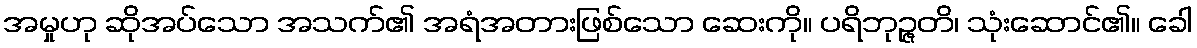
အမှုဟု ဆိုအပ်သော အသက်၏ အရံအတားဖြစ်သော ဆေးကို။ ပရိဘုဉ္ဇတိ၊ သုံးဆောင်၏။ ခေါ